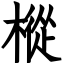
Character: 樅